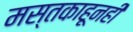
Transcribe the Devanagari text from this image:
मस्तकाहूनही